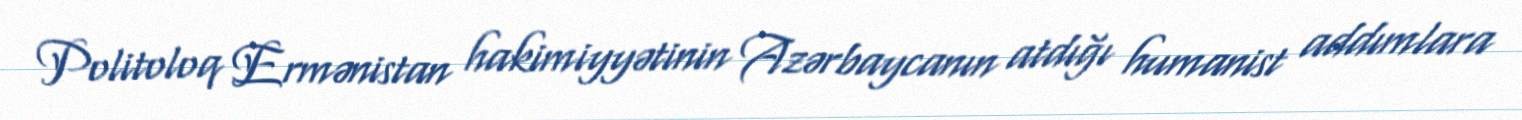
Politoloq Ermənistan hakimiyyətinin Azərbaycanın atdığı humanist addımlara